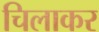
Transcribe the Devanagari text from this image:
चिलाकर